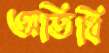
অতিধি